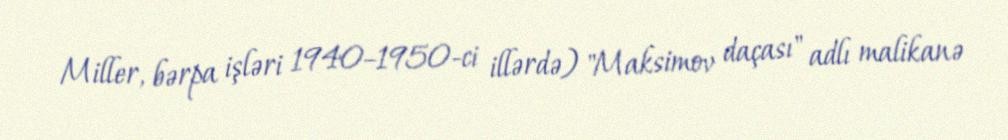
Miller, bərpa işləri 1940–1950-ci illərdə) "Maksimov daçası" adlı malikanə